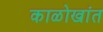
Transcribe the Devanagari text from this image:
काळोखांत